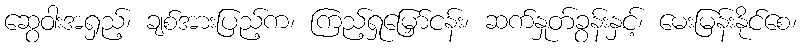
ဆွေဝါးအရှည့်၊ ချစ်အားပြည့်က၊ ကြည့်ရှုမြှော်ငန်း၊ ဆက်နှုတ်ခွန်းနှင့်၊ မေးမြန်းနိုင်စေ၊